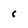
Character: f